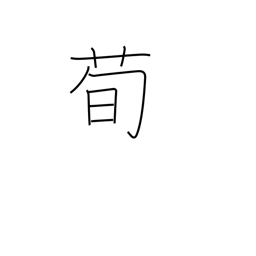
Meaning: type of plant